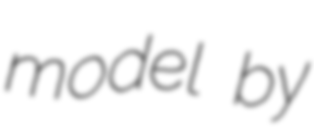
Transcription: model by